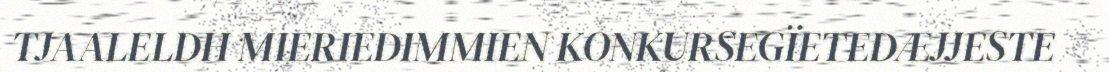
TJAALELDH MIERIEDIMMIEN KONKURSEGÏETEDÆJJESTE